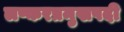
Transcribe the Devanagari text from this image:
लष्करप्रमुखपदी